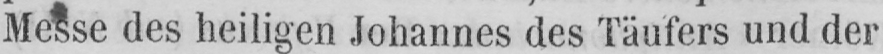
Messe des heiligen Johannes des Täufers und der